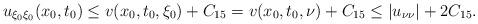
LaTeX: \begin{align*}u_{\xi_0 \xi_0}(x_0, t_0) \leq v(x_0, t_0, \xi_0) + C_{15} = v(x_0, t_0, \nu) +C_{15} \leq | u_{\nu \nu}|+ 2C_{15}.\end{align*}